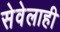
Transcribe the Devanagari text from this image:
सेवेलाही